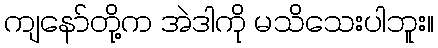
ကျနော်တို့က အဲဒါကို မသိသေးပါဘူး။